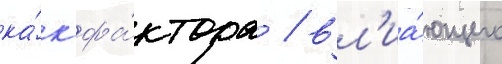
ка́к фа́ктора / вл'иа́ющего